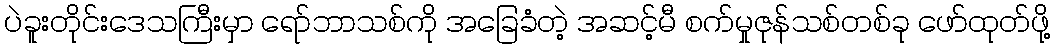
ပဲခူးတိုင်းဒေသကြီးမှာ ရော်ဘာသစ်ကို အခြေခံတဲ့ အဆင့်မီ စက်မှုဇုန်သစ်တစ်ခု ဖော်ထုတ်ဖို့